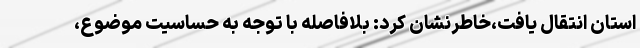
استان انتقال یافت،خاطرنشان کرد: بلافاصله با توجه به حساسیت موضوع،